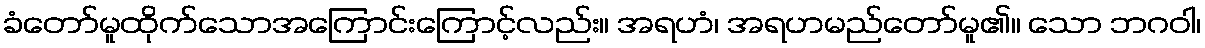
ခံတော်မူထိုက်သောအကြောင်းကြောင့်လည်း။ အရဟံ၊ အရဟမည်တော်မူ၏။ သော ဘဂဝါ၊